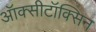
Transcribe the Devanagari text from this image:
ऑक्सीटॉक्सिन